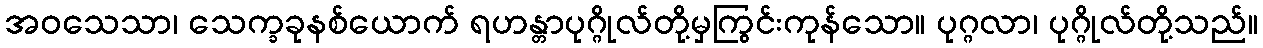
အဝသေသာ၊ သေက္ခခုနစ်ယောက် ရဟန္တာပုဂ္ဂိုလ်တို့မှကြွင်းကုန်သော။ ပုဂ္ဂလာ၊ ပုဂ္ဂိုလ်တို့သည်။